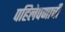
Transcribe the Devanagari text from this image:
पहिलेपणाची